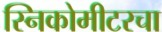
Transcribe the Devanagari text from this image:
स्निकोमीटरचा